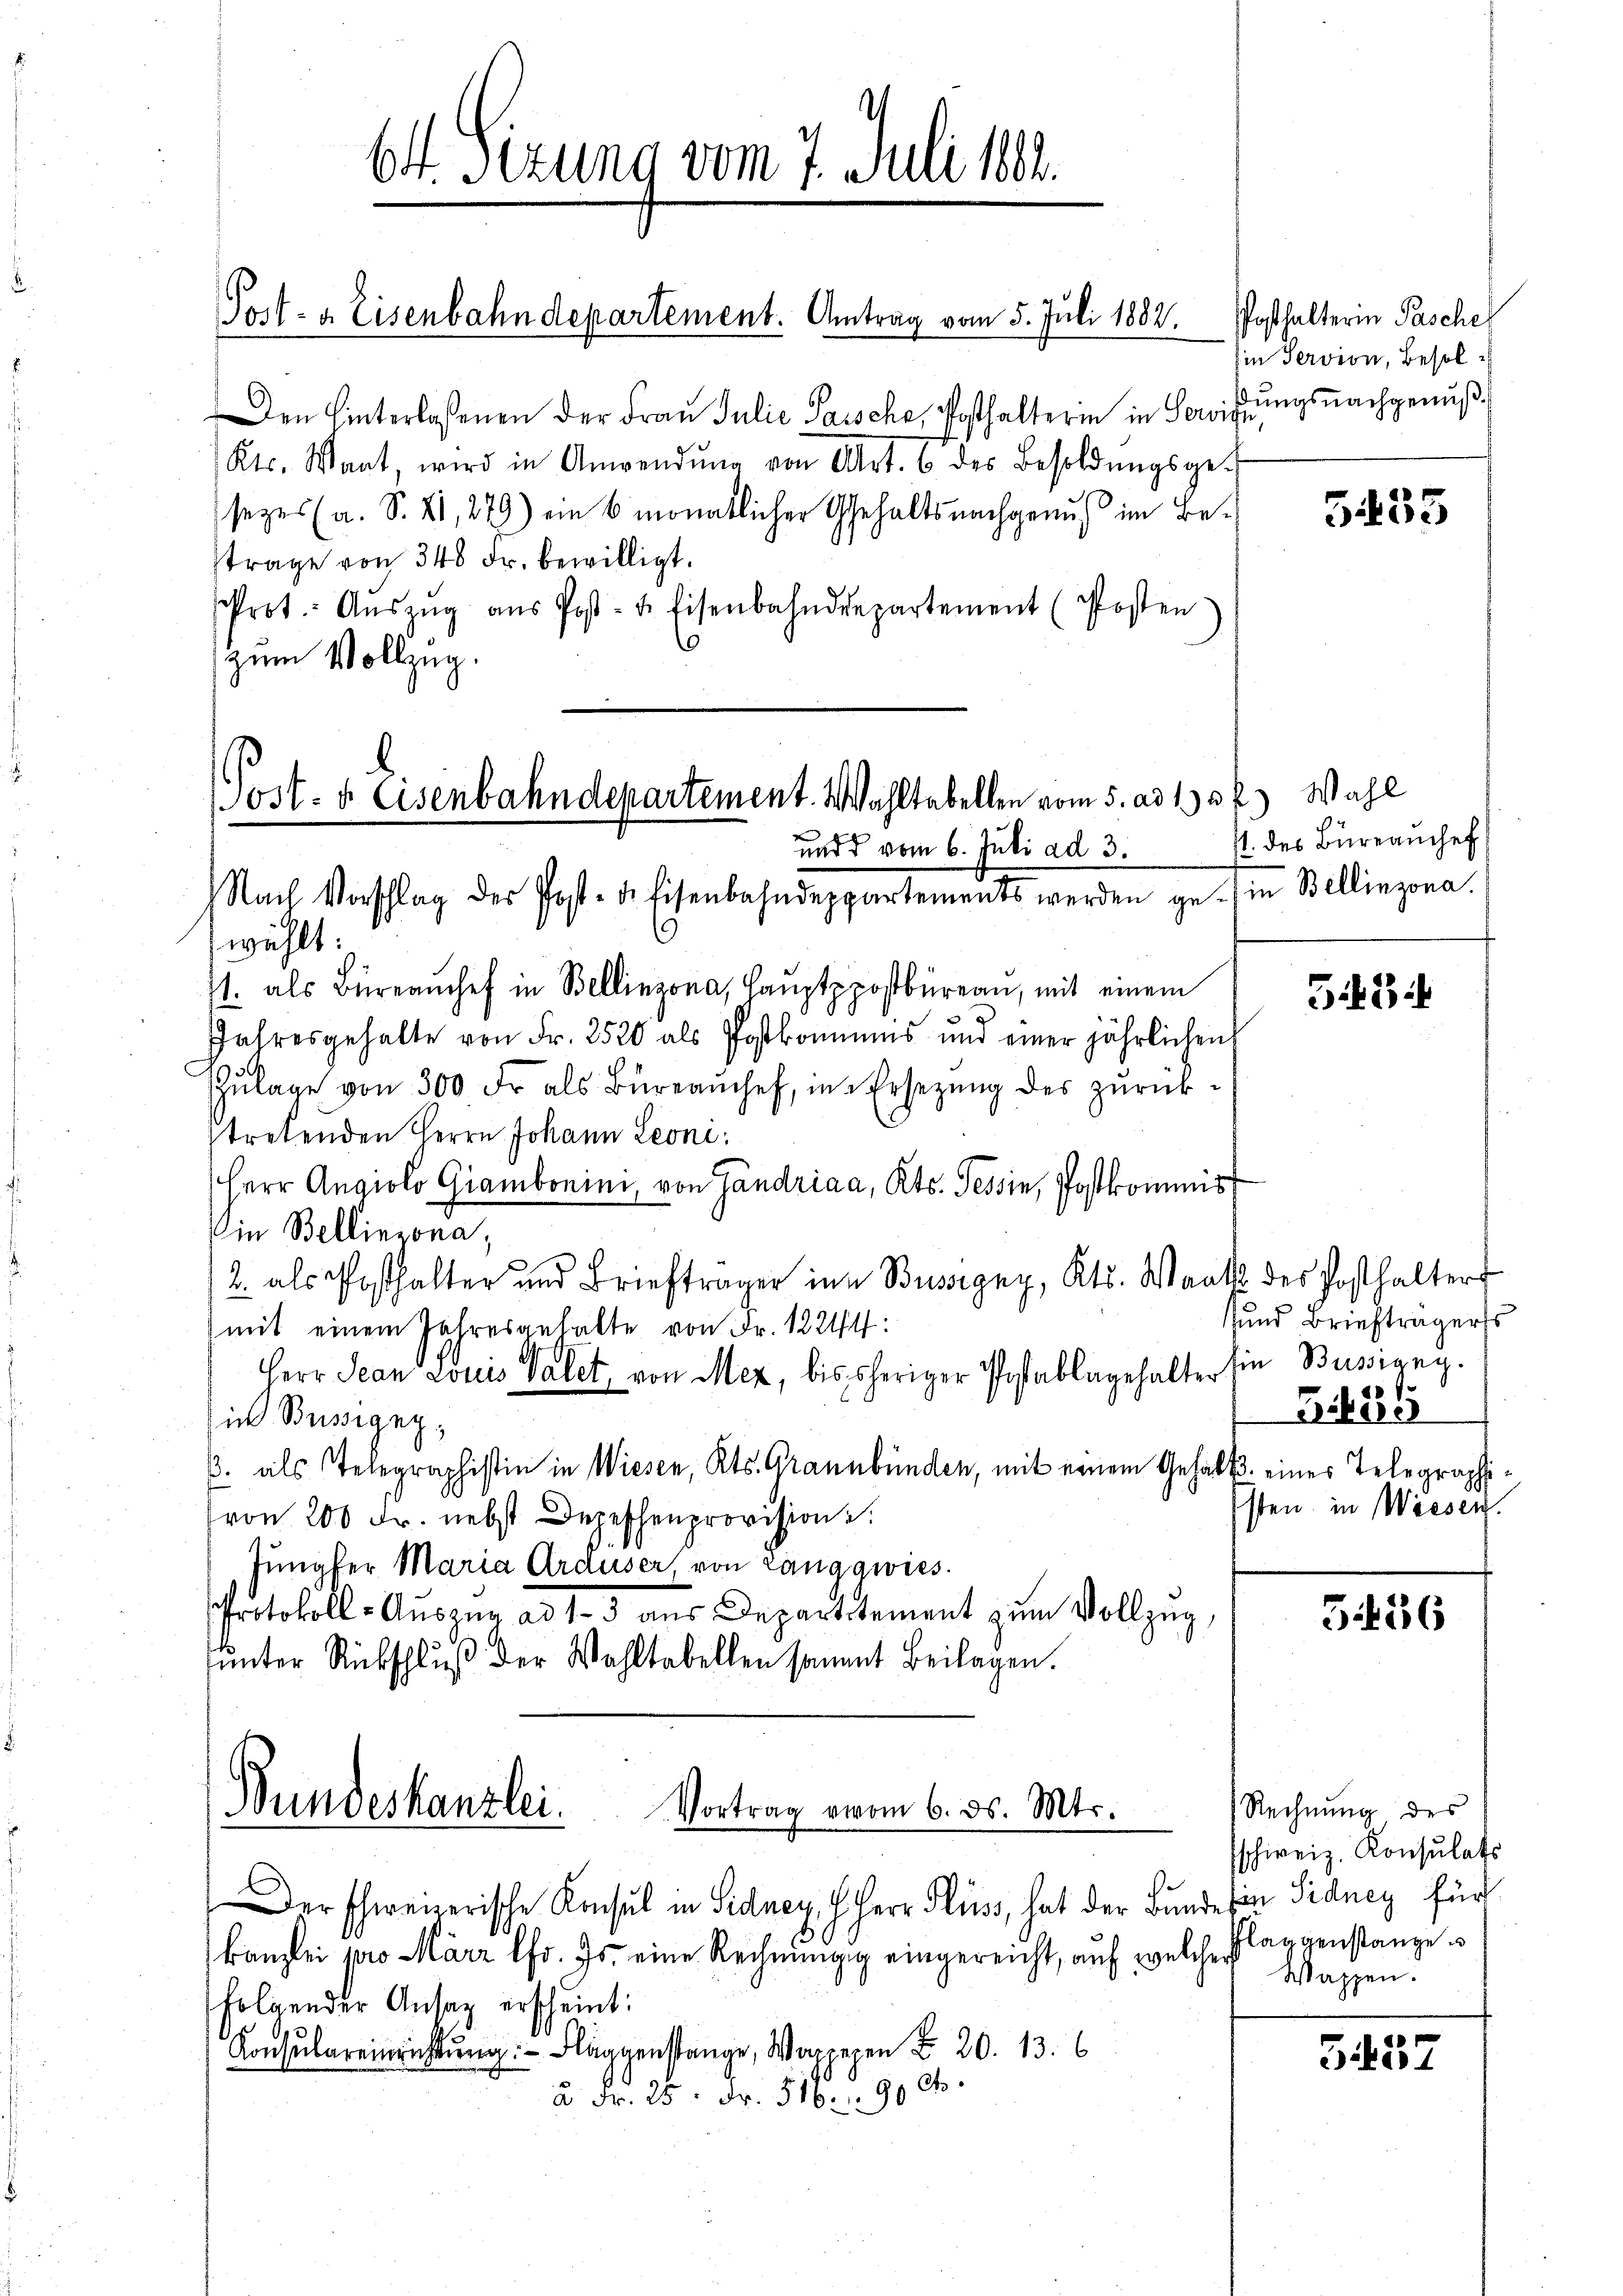
Den Hinterlassenen der Frau Julie Saische, Posthalterin in Servis
Kts. Want, wird in Anwendŭng von Art. 6 des Besoldŭngsgesezes (a. S. XI, 279) ein 6 monatlicher Gehaltsnachgenuß im Betrage von 340 Fr. bewilligt.
Prot. Aŭszŭg aŭs Post- u. Eisenbahndepartement (Posten
zum Vollzug.
wählt:
71. als Büreanchef in Bellinzona, Haŭptppostbüreau, mit einem
Jahresgehalte von Fr. 2520 als Postkommens und einer jährlichen
Zŭlage von 300 Fr. als Büreamchef, in Ersetzŭng des zŭrück-
stretenden Herrn Johann Leoni
Herr Angiolo Giambonini, von Gandriaa, Kts. Tessin, Postkommis
Vin Bellinzona,
2. als Posthalter und Briefträger in Busigny, Kts. Waats
mit einem Jahresgehalte von Fr. 12244:
Herr Jean Louis Valet, von Mez, bis sheriger Postablagehalter
ic Büssigny,
3. als Telegraphistin in Wiesen, Kts. Grannbünden, mit einem Gehalt
(von 200 Fr. nebst Depeschenprovision.
Jungfer Maria Arduser, von Langgwies.
Protokoll-Auszur ad 1. 3 aus Departement zum Vollzug,
ŭnter Rückschluß der Wahltabellen sammt Beilagen.

6t Sizung vom 7. Juli 1884.

Post- u. Eisenbahndepartement. Antrag vom 5. Juli 1882.

Post- & Eisenbahndepartement. Wahltabellen vom 5. ad 1. 31
und d vom 6. Juli ad 3.
Nach Vorschlag der Post- u. Eisenbahndeppartements werden ge-

Bundeskanzlei.
Vortrag vom 6. ds. Mts.

Der schweizerische Konsul in Sidney H. Herr Fluss, hat der Bunde in Sidney für
kanzlei pro März lfd. Js. eine Rechnung eingereicht, auf welche Flaggenstanze s
folgender Antag erscheint:
Konsulareinrichtung. - Flaggenstange, Wappepen Fr. 20. 13. 6
à Fr. 25. Fr. 516. 90 f.

Posthalterin Pasche
Ein Servion, Besolßungsnachgenuß.

) Wahl
1. des Büreanchef
in Bellinzona.

5435

G. 3

1 des Posthalters
und Briefträgers
Ein Büssigny.
1655
B. eines Telegraphisten in Wiesen.

i

5436

Rechnung des
schweiz. Konsulats
Wassen.

5457